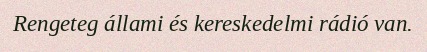
Rengeteg állami és kereskedelmi rádió van.